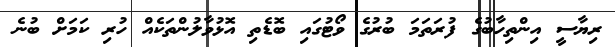
ރިޔާސީ އިންތިހާބުގެ ފުރަތަމަ ބުރުގެ ވޯޓުގައި ބޮޑެތި އޮޅުވާލުންތަކެއް ހުރި ކަމަށް ބުނެ